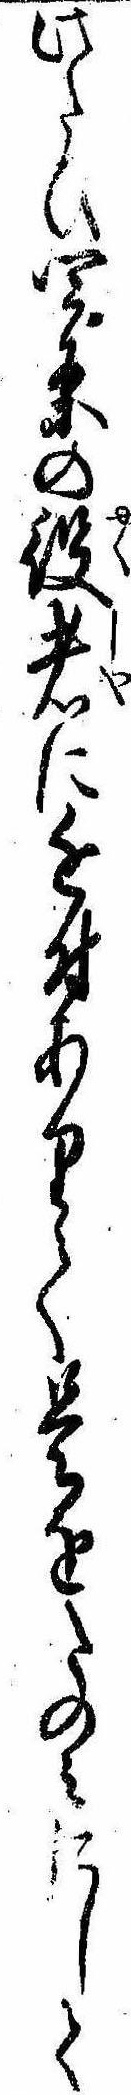
此たひ四条の役者に近付ありて是をたのみにして